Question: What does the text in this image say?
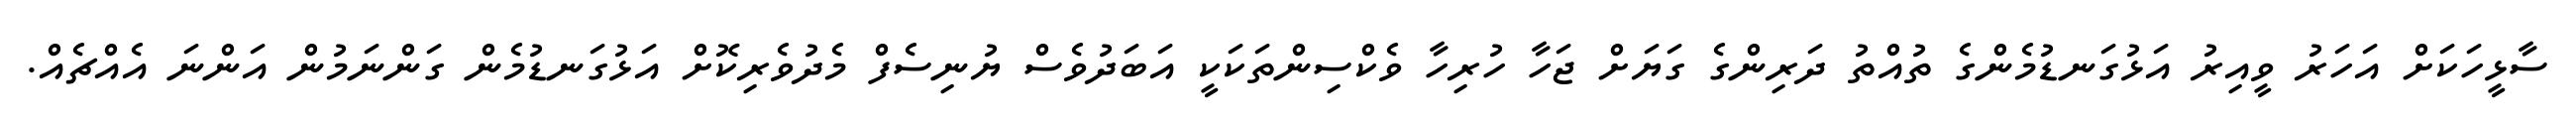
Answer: ސާޅީހަކަށް އަހަރު ވީއިރު އަޅުގަނޑުމެންގެ ތުއްތު ދަރިންގެ ގަޔަށް ޖަހާ ހުރިހާ ވެކްސިންތަކަކީ އަބަދުވެސް ޔުނިސެފް މެދުވެރިކޮށް އަޅުގަނޑުމެން ގަންނަމުން އަންނަ އެއްޗެއް.